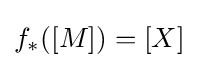
f_{*}([M])=[X]